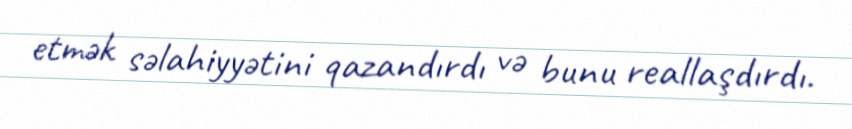
etmək səlahiyyətini qazandırdı və bunu reallaşdırdı.